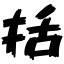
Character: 括